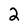
Character: 2